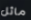
مائل